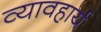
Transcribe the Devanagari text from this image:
व्यावहार्य